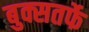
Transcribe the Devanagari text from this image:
बुक्सतर्फे